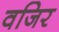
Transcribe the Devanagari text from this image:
वजिर